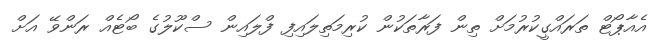
އެއާޕޯޓް ތަރައްގީކުރުމަށް ތިން ފަރާތަކުން ކުރިމަތިލައިފި ފްލައިން ސްކޫލުގެ ބޯޓެއް ރަންވޭ އަށް